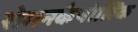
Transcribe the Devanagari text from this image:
रोमनकैथोलिक